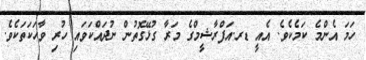
ހަމަ އެންމެ ކަމެކެވެ. އެއީ ޑރ.އަފްރާޝީމްގެ މަރާ ގުޅޭގޮތުން ނުދައްކަވައި ހުރި ވާހަކަތަކެވެ.